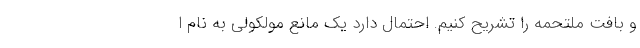
و بافت ملتحمه را تشریح کنیم. احتمال دارد یک مانع مولکولی به نام ا